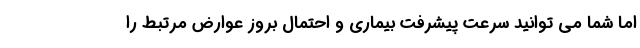
اما شما می توانید سرعت پیشرفت بیماری و احتمال بروز عوارض مرتبط را